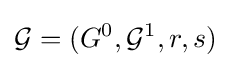
{\mathcal {G}}=(G^{0},{\mathcal {G}}^{1},r,s)